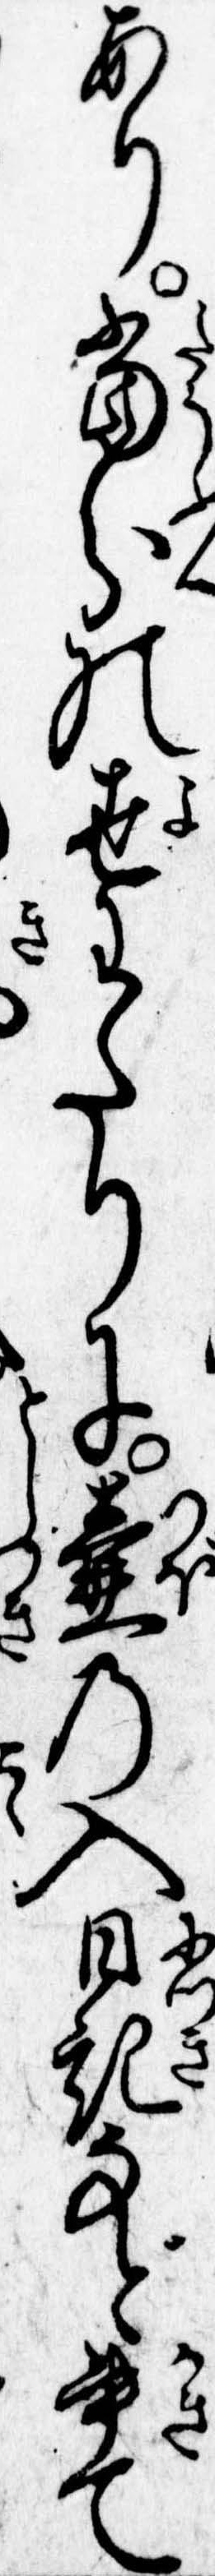
あり当分の世わたりに壷の入日記など書て